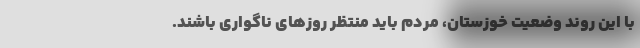
با این روندِ وضعیت خوزستان، مردم باید منتظر روزهای ناگواری باشند.